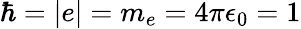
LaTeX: \hbar=|e|=m_{e}=4\pi\epsilon_{0}=1